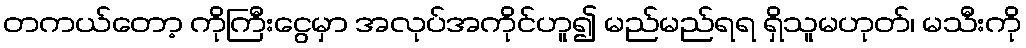
တကယ်တော့ ကိုကြီးငွေမှာ အလုပ်အကိုင်ဟူ၍ မည်မည်ရရ ရှိသူမဟုတ်၊ မသီးကို